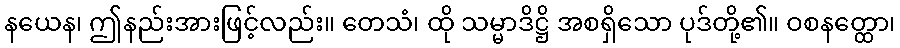
နယေန၊ ဤနည်းအားဖြင့်လည်း။ တေသံ၊ ထို သမ္မာဒိဋ္ဌိ အစရှိသော ပုဒ်တို့၏။ ဝစနတ္ထော၊